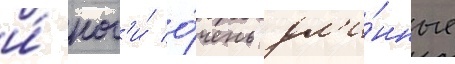
и́ ног'и́ о́чень дл'и́нные